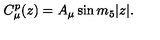
C _ { \mu } ^ { p } ( z ) = A _ { \mu } \sin m _ { 5 } | z | .